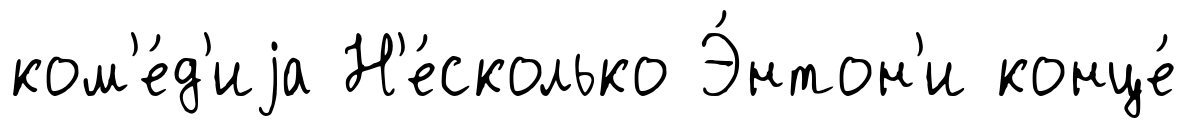
ком'е́д'иjа Н'е́сколько Э́нтон'и конце́